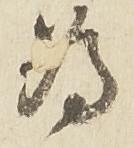
為